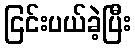
ငြင်းပယ်ခဲ့ပြီး